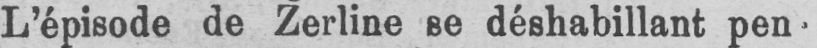
L’épisode de Zerline se déshabillant pen-